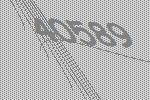
40589